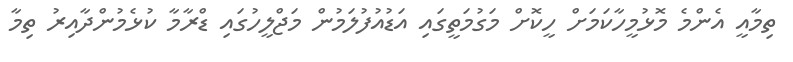
ތިމާއީ އެންމެ މޮޅުމީހާކަމަށް ހީކޮށް މަގުމަތީގައި އަޑުއުފުލަމުން މަޖްލީހުގައި ޑްރާމާ ކުޅެމުންދާއިރު ތިމާ